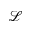
\mathcal { L }